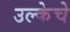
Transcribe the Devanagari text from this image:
उल्केचे